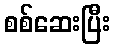
စစ်ဆေးပြီး